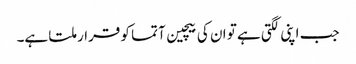
جب اپنی لگتی ہے تو ان کی بیچین آتما کو قرار ملتا ہے۔